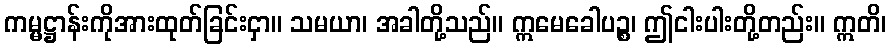
ကမ္မဋ္ဌာန်းကိုအားထုတ်ခြင်းငှာ။ သမယာ၊ အခါတို့သည်။ ဣမေခေါပဉ္စ၊ ဤငါးပါးတို့တည်း။ ဣတိ၊